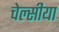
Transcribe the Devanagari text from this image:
चेल्सीया